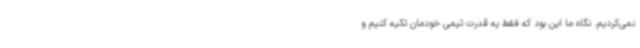
نمی‌کردیم. نگاه ما این بود که فقط یه قدرت تیمی خودمان تکیه کنیم و